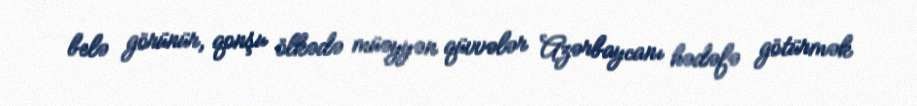
belə görünür, qonşu ölkədə müəyyən qüvvələr Azərbaycanı hədəfə götürmək